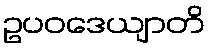
ဥပဝဒေယျာတိ